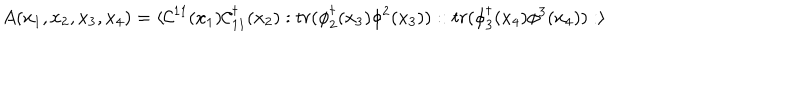
A ( x _ { 1 } , x _ { 2 } , x _ { 3 } , x _ { 4 } ) = \langle { \cal C } ^ { 1 1 } ( x _ { 1 } ) { \cal C } _ { 1 1 } ^ { \dagger } ( x _ { 2 } ) : t r ( \phi _ { 2 } ^ { \dagger } ( x _ { 3 } ) \phi ^ { 2 } ( x _ { 3 } ) ) : : t r ( \phi _ { 3 } ^ { \dagger } ( x _ { 4 } ) \phi ^ { 3 } ( x _ { 4 } ) ) : \rangle